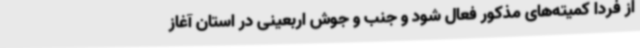
از فردا کمیته‌های مذکور فعال شود و جنب و جوش اربعینی در استان آغاز